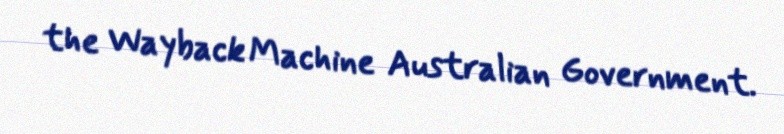
the Wayback Machine Australian Government.